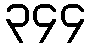
၃၄၄